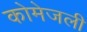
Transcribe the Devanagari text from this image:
कोमेजली